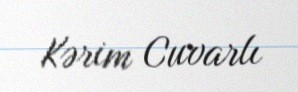
Kərim Cuvarlı